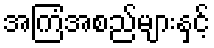
အကြံအစည်များနှင့်